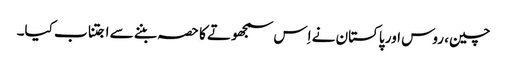
چین، روس اور پاکستان نے اِس سمجھوتے کا حصہ بننے سے اجتناب کیا۔